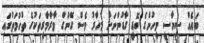
ބައެއް ސިޔާސީ މީހުންގެ ބޮޑީ ގާޑުންނަށް މިހާރު ވެސް ގޭންގް މާރާމާރީތަކުގެ ތުހުމަތުގައި